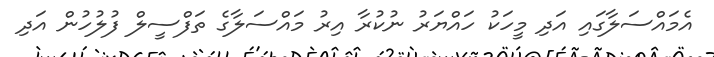
އެމައްސަލާގައި އަދި މީހަކު ހައްޔަރު ނުކުރާ އިރު މައްސަލާގެ ތަފްސީލް ފުލުހުން އަދި